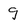
Character: g